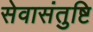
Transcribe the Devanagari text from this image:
सेवासंतुष्टि